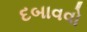
દબાવવો